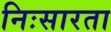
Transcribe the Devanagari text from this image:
निःसारता